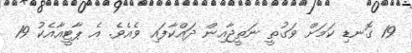
19 ގޮނޑި ކަމަށް ވަގުތީ ނަތީޖާއިން ދައްކާފައި ވެއެވެ. އެ ޕާޓީއާއެކު 19